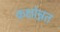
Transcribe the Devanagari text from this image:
कक्षोन्नत